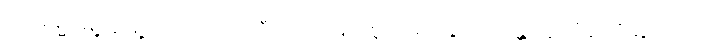
၁၆။ ရမ္မာမြို့သူမြို့သားတို့သည် ဒီပင်္ကရာမြတ်စွာဘုရားနှင့် ရဟန္တာ ၄ သိန်းကိုဆွမ်းကပ်